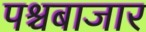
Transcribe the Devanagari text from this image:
पश्चबाजार